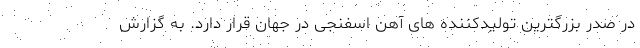
در صدر بزرگترین تولیدکننده های آهن اسفنجی در جهان قرار دارد. به گزارش